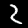
Label: 2